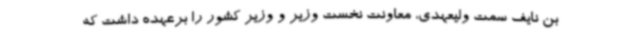
بن نایف سمت ولیعهدی، معاونت نخست وزیر و وزیر کشور را برعهده داشت که